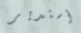
أستدير